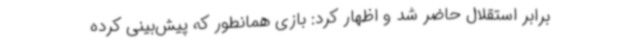
برابر استقلال حاضر شد و اظهار کرد: بازی همانطور که پیش‌بینی کرده